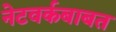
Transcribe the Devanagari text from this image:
नेटवर्कबाबत